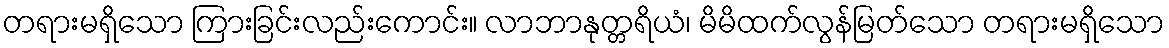
တရားမရှိသော ကြားခြင်းလည်းကောင်း။ လာဘာနုတ္တရိယံ၊ မိမိထက်လွန်မြတ်သော တရားမရှိသော